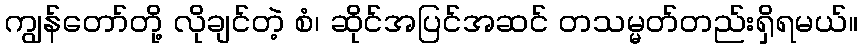
ကျွန်တော်တို့ လိုချင်တဲ့ စံ၊ ဆိုင်အပြင်အဆင် တသမ္မတ်တည်းရှိရမယ်။